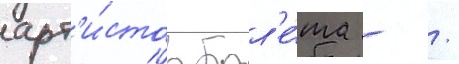
арт'и́стов бал'е́та - /